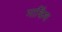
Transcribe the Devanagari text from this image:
मार्किश